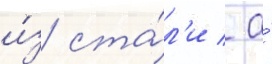
и́з ста́л'и / а́